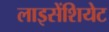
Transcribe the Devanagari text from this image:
लाइसेंशियेट